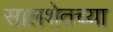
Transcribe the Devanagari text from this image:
सालशेतच्या